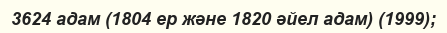
3624 адам (1804 ер және 1820 әйел адам) (1999);